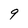
Character: 9